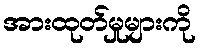
အားထုတ်မှုများကို